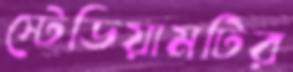
স্টেডিয়ামটির